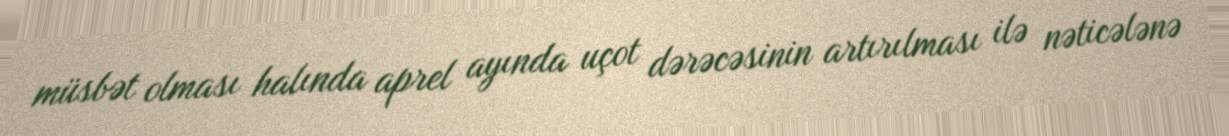
müsbət olması halında aprel ayında uçot dərəcəsinin artırılması ilə nəticələnə